Annual statistical returns and brief notes on vaccination in Bengal - 1896-1909
Year: 1896
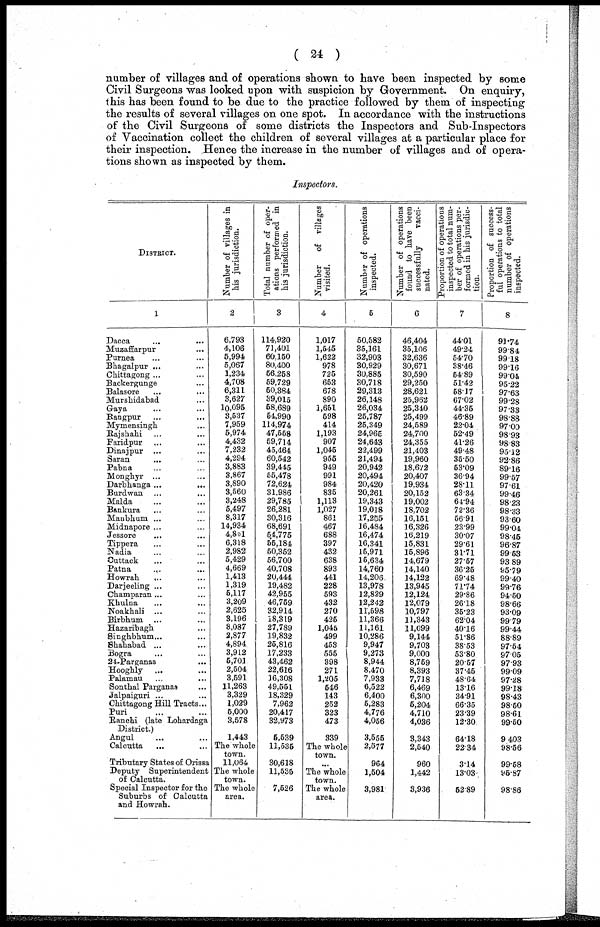
( 24 )
number of villages and of operations shown to have been inspected by some
Civil Surgeons was looked upon with suspicion by Government. On enquiry,
this has been found to be due to the practice followed by them of inspecting
the results of several villages on one spot. In accordance with the instructions
of the Civil Surgeons of some districts the Inspectors and Sub-Inspectors
of Vaccination collect the children of several villages at a particular place for
their inspection. Hence the increase in the number of villages and of opera-
tions shown as inspected by them.
Inspectors.
DISTRICT.
1
Dacca ... ...
Muzaffarpur ...
Purnea ... ...
Bhagalpur ... ...
Chittagong ... ...
Backergunge ...
Balasore ... ...
Murshidabad ...
Gaya ... ...
Bangpur ... ...
Mymensingh ...
Rajshahi ... ...
Faridpur ... ...
Dinajpur ... ...
Saran ... ...
Pabna ... ...
Monghyr ... ...
Darbhanga ...
...
Burdwan ... ...
Malda ... ...
Bankura ... ...
Manbhum ... ...
Midnapore ... ...
Jessore ... ...
Tippera ... ...
Nadia ... ...
Cuttack ... ...
Patna
...
...
Howrah ... ...
Darjeeling ... ...
Champaran... ...
Khulna ... ...
Noakhali ... ...
Birbhum ... ...
Hazaribagh ... ...
Singhbhum... ...
Shahabad ... ...
Bogra ... ...
24-Parganas ...
Hooghly ... ...
Palamau ... ...
Sonthal Parganas ...
Jalpaiguri ...
Chittagong Hill Tracts...
Puri ... ...
Ranchi (late Lohardaga
District.)
Angul ... ...
Calcutta ... ...
Tributary States of Orissa
Deputy Superintendent
of Calcutta.
Special Inspector for the
Suburbs of Calcutta
and Howrah.
Number of villages in
his jurisdiction.
2
6,793
4,106
5,994
5,067
1,234
4,708
6,311
3,627
10,095
3,537
7,959
5,974
4,432
7,232
4,294
3,883
3,867
3,890
3,560
3,248
5,497
8,317
14,934
4,851
6,318
2,982
5,429
4,669
1,413
1,319
5,117
3,209
2,625
3,196
8,087
2,877
4,894
3,912
5,701
2,504
3,591
11,263
3,329
1,029
5,000
3,578
1,443
The whole
town.
11,064
The whole
town.
The whole
area.
Total number of oper-
ations performed in
his jurisdiction.
3
114,920
71,401
60,150
80,400
56,258
59,729
50,384
39,015
58,689
54,990
114,974
47,558
59,714
45,464
60,542
39,415
55,478
72,624
31,986
29,785
26,281
30,316
68,691
54,775
55,184
50,352
56,700
40,708
20,444
19,482
42,955
46,759
32,914
18,319
27,789
19,832
25,816
17,233
43,462
22,616
16,308
49,551
18,329
7,962
20,417
32,973
5,539
11,535
30,618
11,535
7,526
Number
of villages
visited.
4
1,017
1,545
1,622
978
725
653
678
890
1,651
598
414
1,193
907
1,045
955
949
991
984
835
1,113
1,027
861
467
688
397
432
638
893
441
228
593
432
270
425
1,045
499
453
555
398
271
1,205
546
143
252
323
473
339
The whole
town.
...
The whole
town.
The whole
area.
Number of operations
inspected.
5
50,582
35,161
32,903
30,929
30,885
30,718
29,313
26,148
26,034
25,787
25,349
24,965
24,643
22,499
21,494
20,942
20,494
20,420
20,261
19,343
19,018
17,255
16,484
16,474
16,341
15,971
15,634
14,760
14,206
13,978
12,829
12,242
11,598
11,366
11,161
10,286
9,947
9,273
8,944
8,470
7,933
6,522
6,400
5,283
4,776
4,056
3,555
2,577
964
1,504
3,981
Number of operations
found to have been
successfully
vacci-
nated.
6
46,404
35,106
32,636
30,671
30,590
29,250
28,621
25,962
25,340
25,499
24,589
24,700
24,355
21,403
19,960
18,672
20,407
19,934
20,152
19,002
18,702
16,151
16,326
16,219
15,831
15,896
14,679
14,140
14,122
13,945
12,124
12,079
10,797
11,343
11,099
9,144
9,703
9,000
8,759
8,393
7,718
6,469
6,300
5,204
4,710
4,036
3,343
2,540
960
1,442
3,936
Proportion of operations
inspected to total num-
ber of operations per-
formed in his jurisdic-
tion.
7
44.01
49.24
54.70
38.46
54.89
51.42
58.17
67.02
44.35
46.89
22.04
52.49
41.26
49.48
35.50
53.09
36.94
28.11
63.34
64.94
72.36
56.91
23.99
30.07
29.61
31.71
27.57
36.25
69.48
71.74
29.86
26.18
35.23
62.04
40.16
51.86
38.53
53.80
20.57
37.45
48.64
13.16
34.91
66.35
23.39
12.30
64.18
22.34
3.14
13.03
52.89
Proportion of success-
ful operations to total
number of operations
inspected.
8
91.74
99.84
99.18
99.16
99.04
95.22
97.63
99.28
97.33
98.88
97.00
98.93
98.83
95.12
92.86
89.16
99.57
97.61
99.46
98.23
98.33
93.60
99.04
98.45
96.87
99.53
93.89
95.79
99.40
99.76
94.50
98.66
93.09
99.79
99.44
88.89
97.54
97.05
97.93
99.09
97.28
99.18
98.43
98.50
98.61
99.50
94.03
98.56
99.58
96.87
98.86